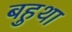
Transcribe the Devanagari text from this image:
बहुथा